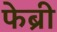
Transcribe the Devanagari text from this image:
फेब्री